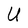
Character: U